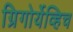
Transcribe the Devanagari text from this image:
ग्रिगोर्येव्हिच